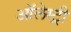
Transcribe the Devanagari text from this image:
ऑलेस्ट्री